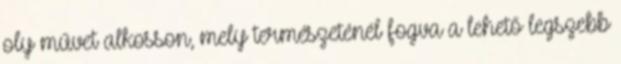
oly művet alkosson, mely természeténél fogva a lehető legszebb